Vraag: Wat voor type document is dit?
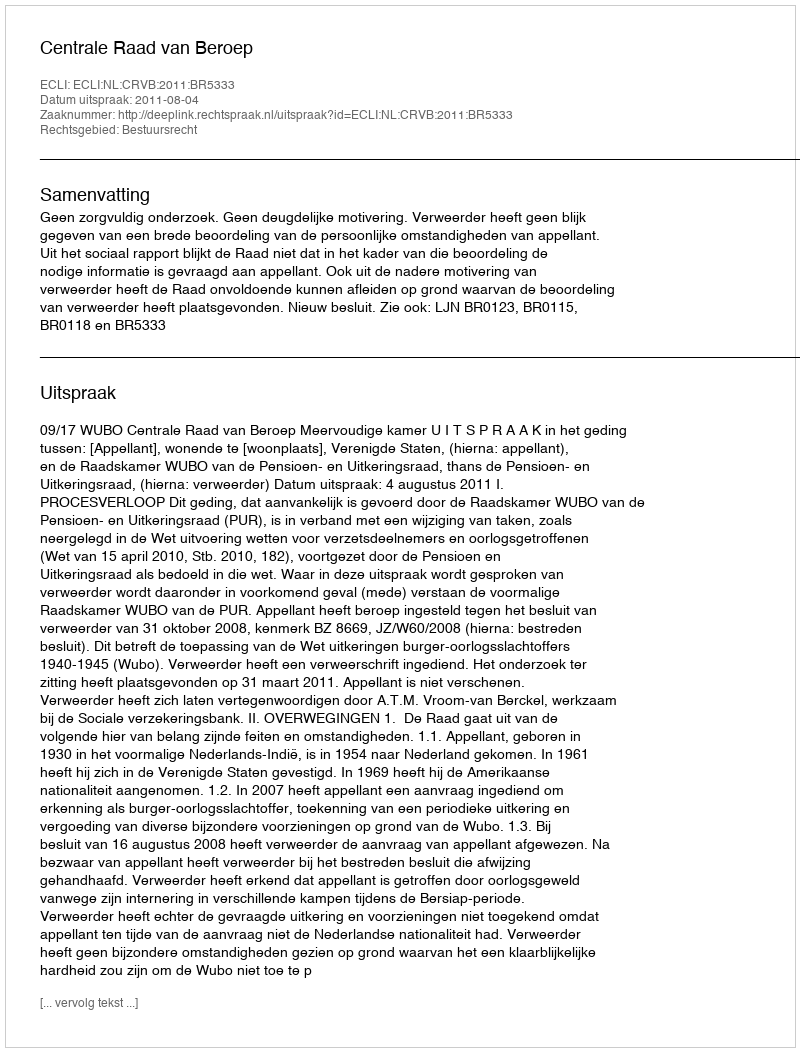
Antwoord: Uitspraak